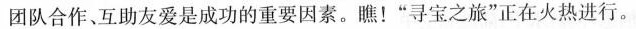
团队合作、互助友爱是成功的重要因素。瞧！”寻宝之旅”正在火热进行。